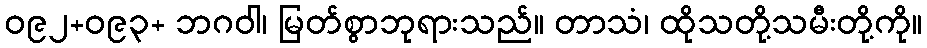
ဝ၉၂+ဝ၉၃+ ဘဂဝါ၊ မြတ်စွာဘုရားသည်။ တာသံ၊ ထိုသတို့သမီးတို့ကို။